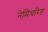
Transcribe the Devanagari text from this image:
नेमिचरित